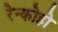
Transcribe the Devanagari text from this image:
रेन्कोहो